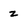
Character: z